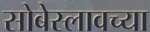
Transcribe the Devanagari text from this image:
सोबेस्लावच्या